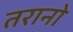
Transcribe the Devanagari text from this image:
तरानो